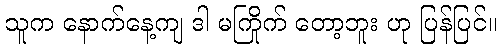
သူက နောက်နေ့ကျ ဒါ မကြိုက် တော့ဘူး ဟု ပြန်ပြင်။